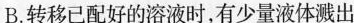
B.转移已配好的溶液时，有少量液体溅出